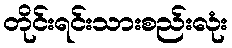
တိုင်းရင်းသားစည်းလုံး